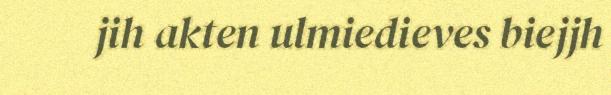
jih akten ulmiedieves biejjh